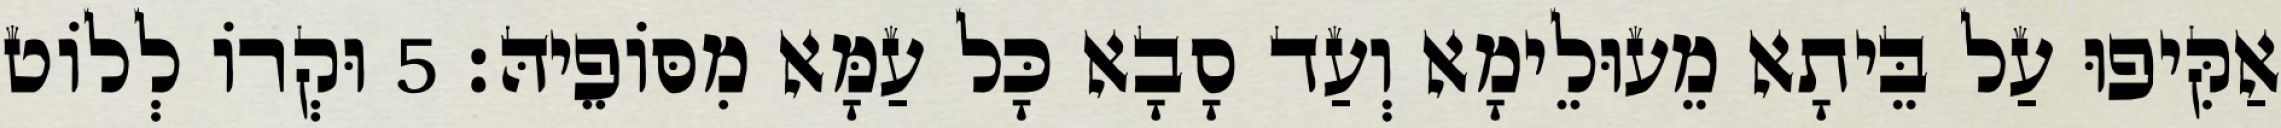
אַקִּיפוּ עַל בֵּיתָא מֵעוּלֵימָא וְעַד סָבָא כָּל עַמָּא מִסּוֹפֵיהּ׃ 5 וּקְרוֹ לְלוֹט